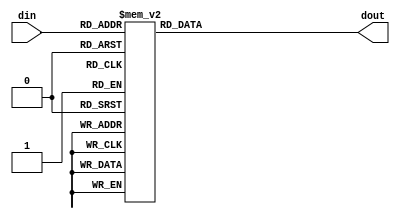
module seg7(din,dout);
	 
input wire [3:0] din;
output reg [6:0] dout;

always @ (*)
	  case(din)
			0:dout = 7'b1000000; // ga 0
			1:dout = 7'b1111001; // 1
			2:dout = 7'b0100100; // 2
			3:dout = 7'b0110000; // 3
			4:dout = 7'b0011001; // 4
			5:dout = 7'b0010010; // 5
			6:dout = 7'b0000010; // 6
			7:dout = 7'b1111000; // 7
			8:dout = 7'b0000000; // 8
			9:dout = 7'b0010000; // 9
			default:dout = 7'b1111111; //
	  endcase
endmodule